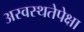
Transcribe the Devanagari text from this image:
अस्वस्थतेपेक्षा